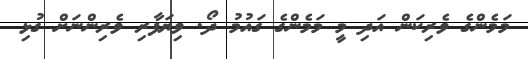
މަމެންގެ ވެރިކަން އަދި މީ މަމެންގެ ގައުމު ދޯ. ވިޔަފާރި ވެރިންނަށް ގުޅި